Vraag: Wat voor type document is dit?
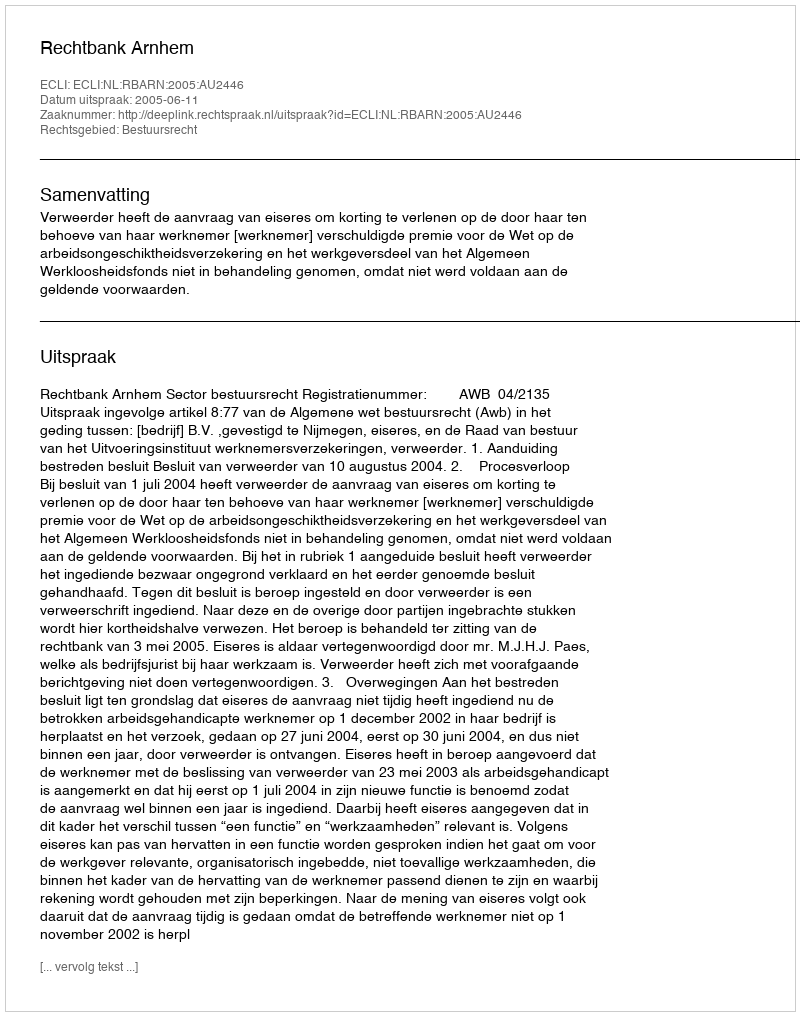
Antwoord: Uitspraak